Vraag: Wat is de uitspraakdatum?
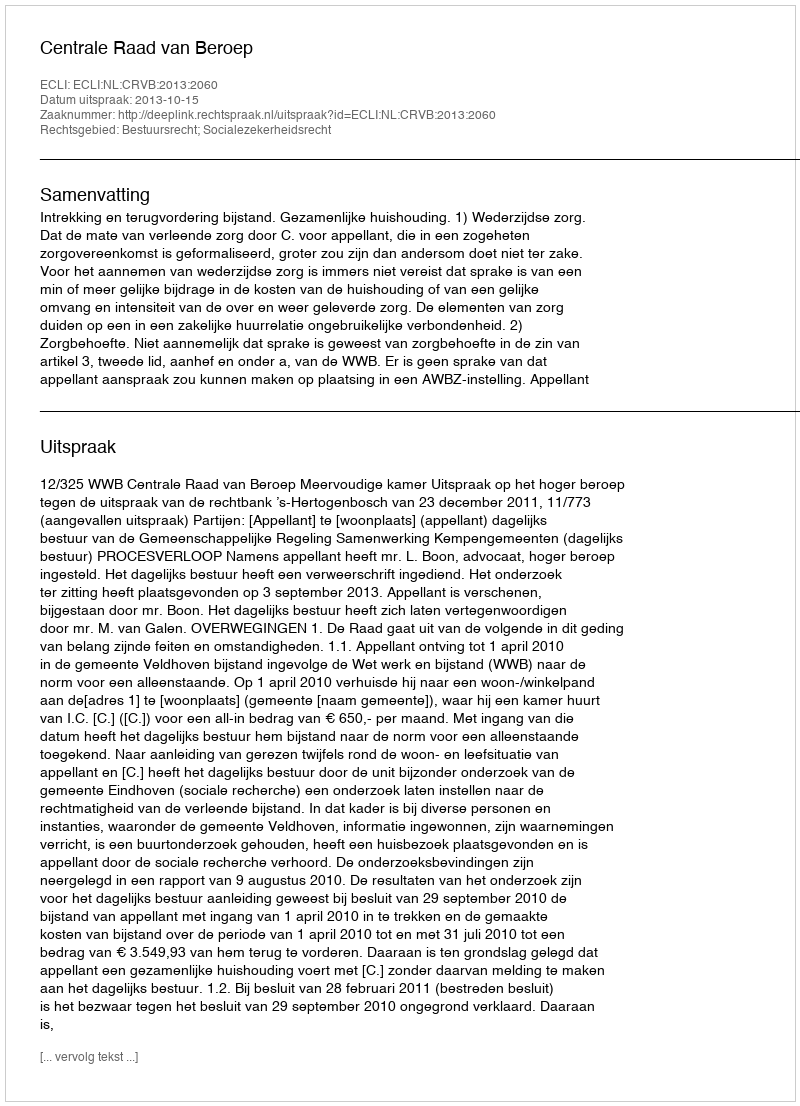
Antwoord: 2013-10-15